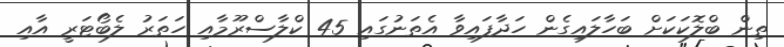
ތިން ބްލޮކަކަށް ބަހާލައިގެން ހަދާފައިވާ އެތަނުގައި 45 ކްލާސްރޫމާއި ހަތަރު ލެބޯޓަރީ އާއި